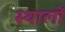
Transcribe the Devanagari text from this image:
स्थालों